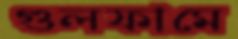
গুলফামে